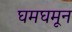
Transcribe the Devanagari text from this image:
घमघमून